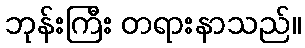
ဘုန်းကြီး တရားနာသည်။